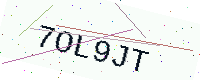
Text: 7OL9JT